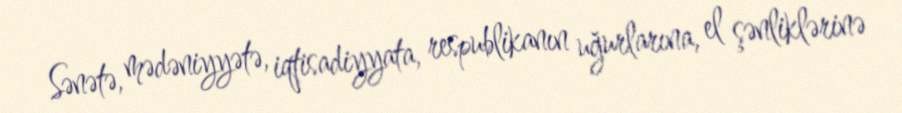
Sənətə, mədəniyyətə, iqtisadiyyata, respublikanın uğurlarına, el şənliklərinə